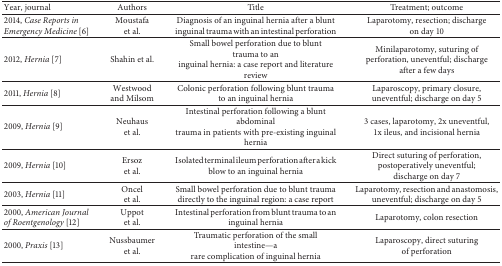
| Year, journal | Authors | Title | Treatment; outcome |
 | --- | --- | --- | --- |
 | 2014, Case Reports in Emergency Medicine [6] | Moustafa et al. | Diagnosis of an inguinal hernia after a blunt inguinal trauma with an intestinal perforation | Laparotomy, resection; discharge on day 10 |
 | 2012, Hernia [7] | Shahin et al. | Small bowel perforation due to blunt trauma to an inguinal hernia: a case report and literature review | Minilaparotomy, suturing of perforation, uneventful; discharge after a few days |
 | 2011, Hernia [8] | Westwood and Milsom | Colonic perforation following blunt trauma to an inguinal hernia | Laparoscopy, primary closure, uneventful; discharge on day 5 |
 | 2009, Hernia [9] | Neuhaus et al. | Intestinal perforation following a blunt abdominal trauma in patients with pre-existing inguinal hernia | 3 cases, laparotomy, 2x uneventful, 1x ileus, and incisional hernia |
 | 2009, Hernia [10] | Ersoz et al. | Isolated terminal ileum perforation after a kick blow to an inguinal hernia | Direct suturing of perforation, postoperatively uneventful; discharge on day 7 |
 | 2003, Hernia [11] | Oncel et al. | Small bowel perforation due to blunt trauma directly to the inguinal region: a case report | Laparotomy, resection and anastomosis, uneventful; discharge on day 5 |
 | 2000, American Journal of Roentgenology [12] | Uppot et al. | Intestinal perforation from blunt trauma to an inguinal hernia | Laparotomy, colon resection |
 | 2000, Praxis [13] | Nussbaumer et al. | Traumatic perforation of the small intestine—a rare complication of inguinal hernia | Laparoscopy, direct suturing of perforation |